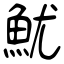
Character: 魷